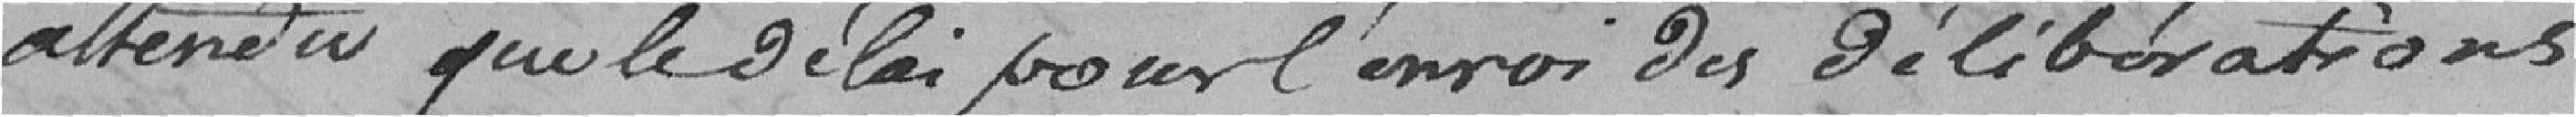
attendu que le délai pour l'envoi des délibérations